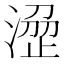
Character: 𣹣